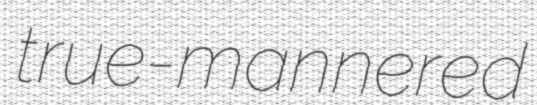
true-mannered